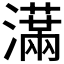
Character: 𤂙